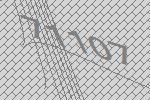
71107